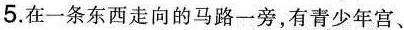
5.在一条东西走向的马路一旁，有青少年宫、